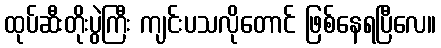
ထုပ်ဆီးတိုးပွဲကြီး ကျင်းပသလိုတောင် ဖြစ်နေရပြီလေ။